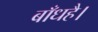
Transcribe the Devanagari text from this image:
बाँधहै।